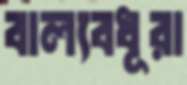
বাল্যবধূরা